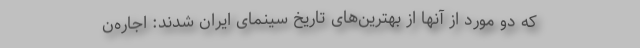
که دو مورد از آنها از بهترین‌های تاریخ سینمای ایران شدند: اجاره‌ن